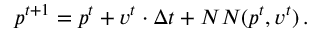
p ^ { t + 1 } = p ^ { t } + v ^ { t } \cdot \Delta t + N N ( p ^ { t } , v ^ { t } ) \, .